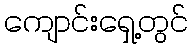
ကျောင်းရှေ့တွင်